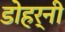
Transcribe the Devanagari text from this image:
डोहर्नी